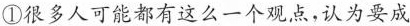
①很多人可能都有这么一个观点，认为要成